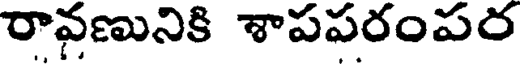
రావణునికి శాపపరంపర